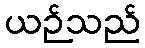
ယဉ်သည်